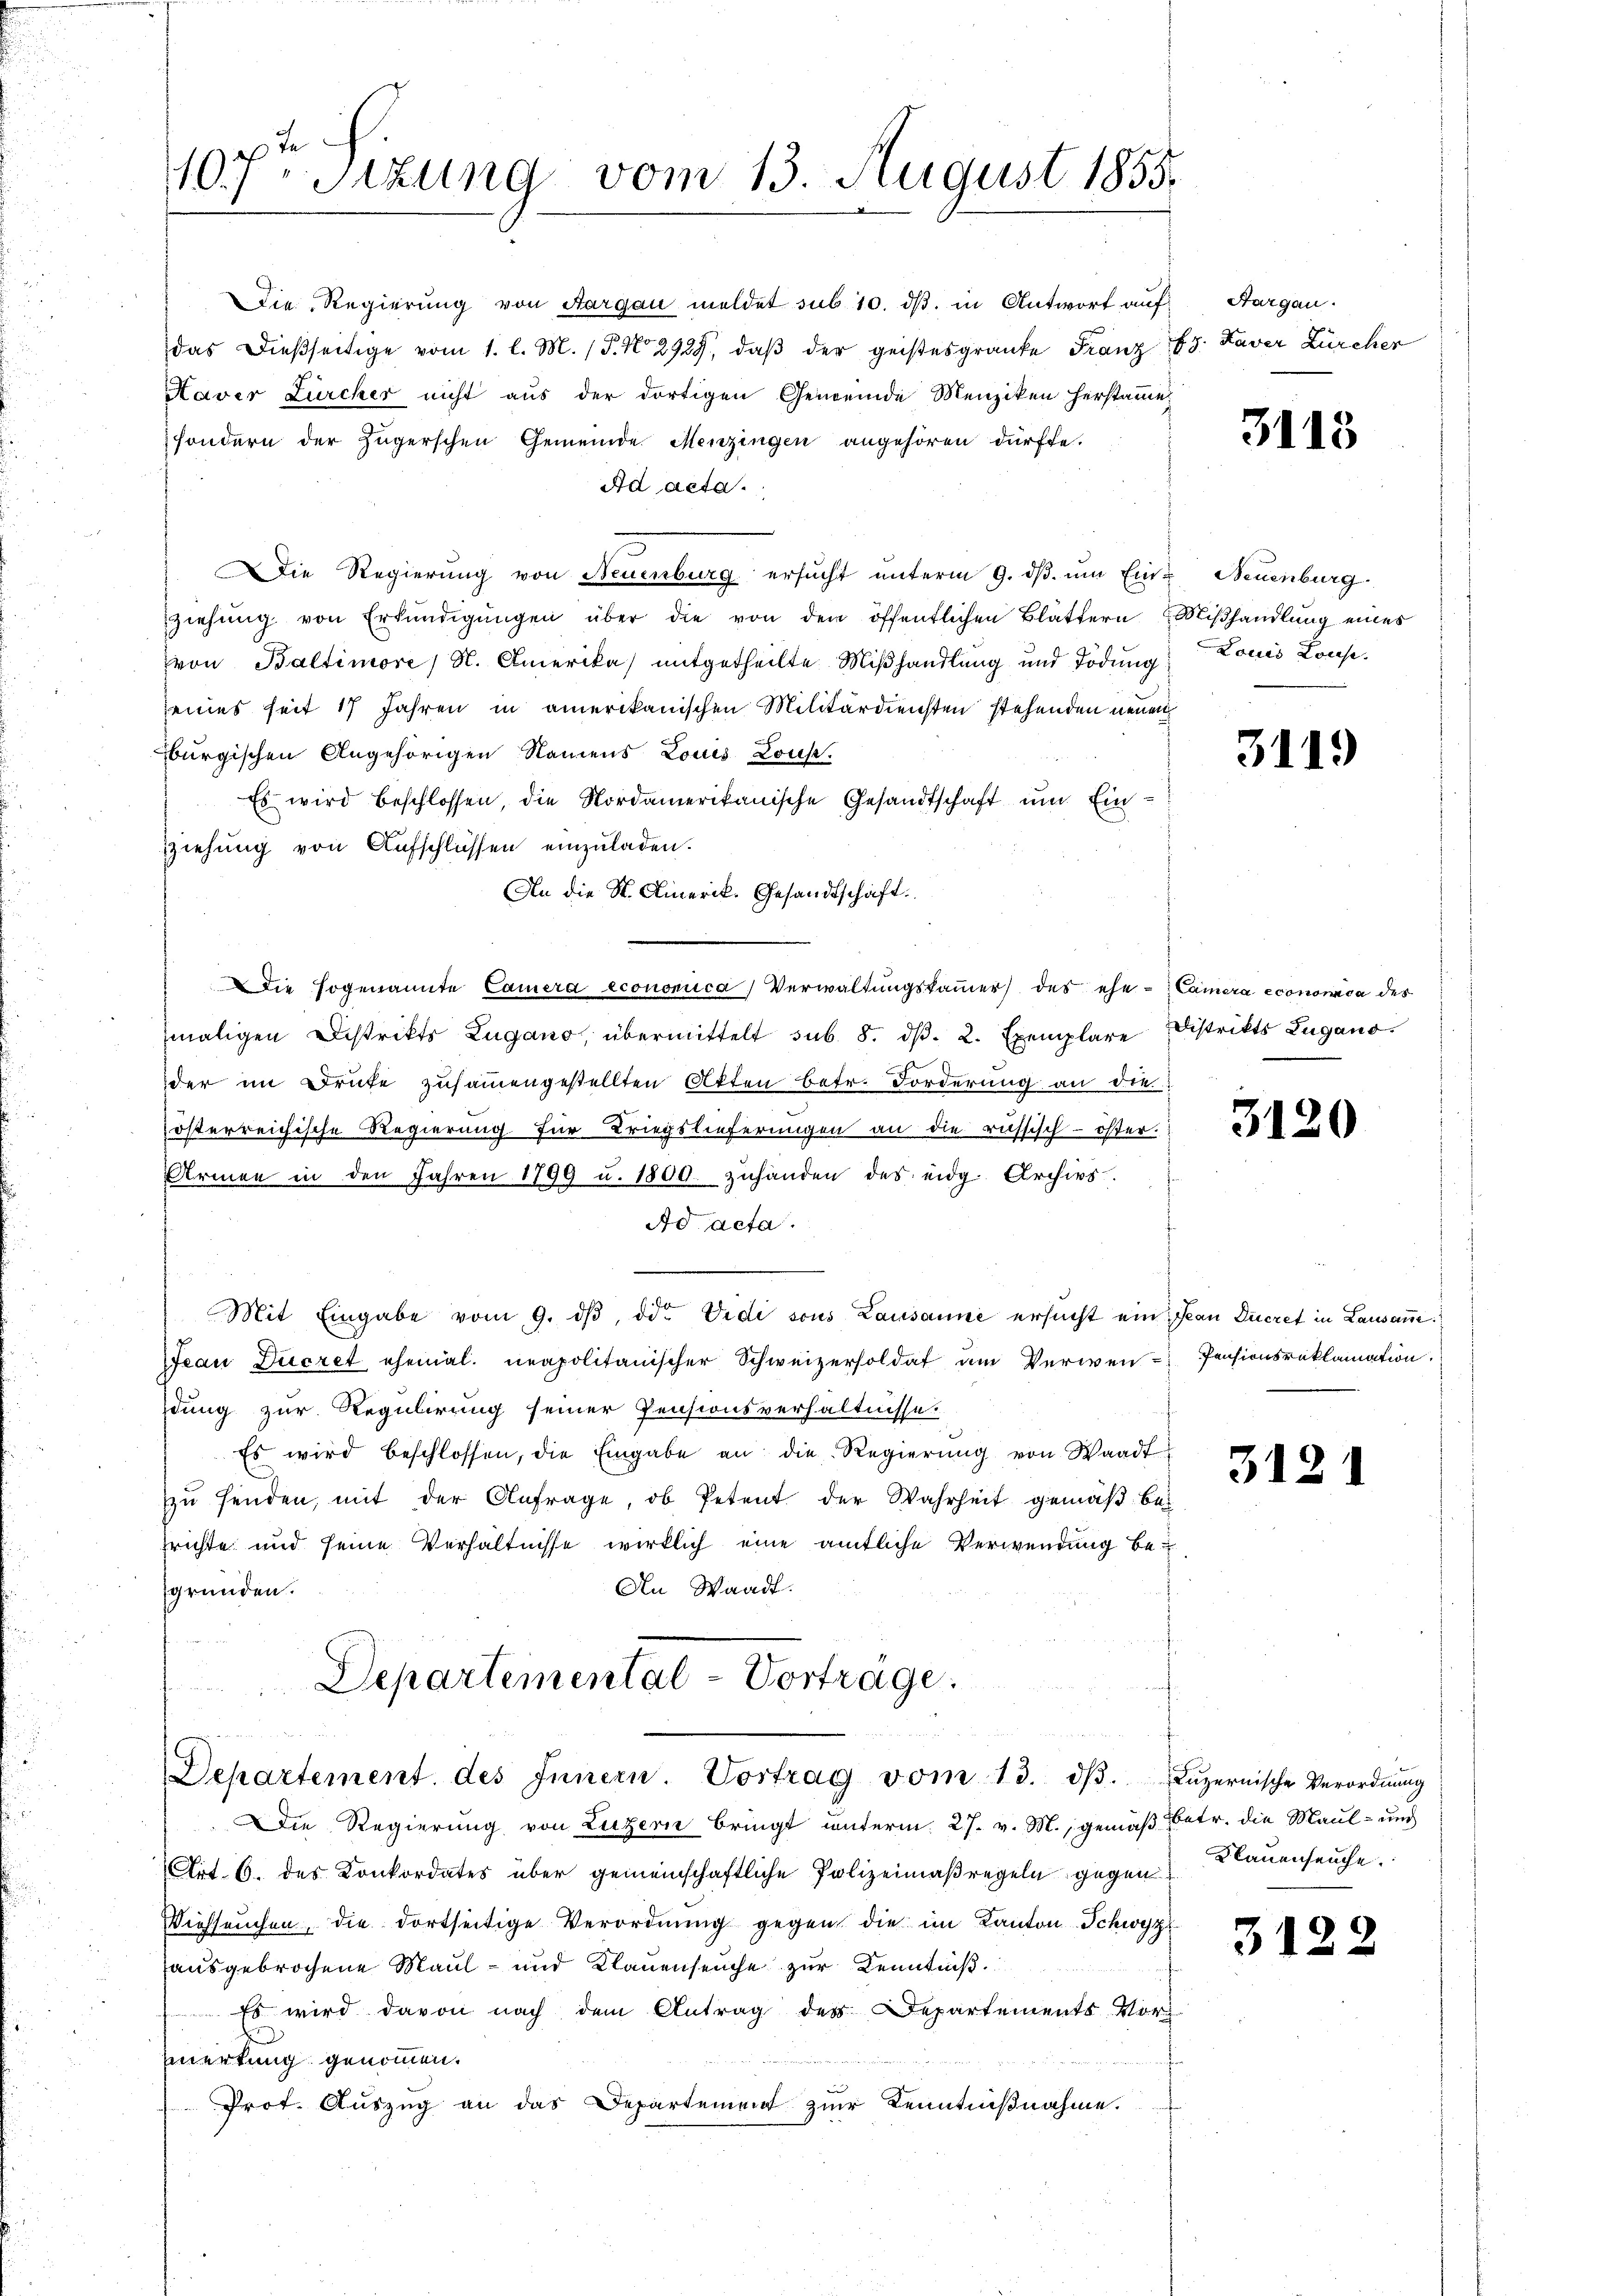
de
107. Sizung vom 13. August 1855.

Departemental - Vorträge.
Departement des Innern. Vortrag vom 13. dβ. Lŭzernische Verordnŭng

Die Regierung von Aargau meldet sub 10. ds. in Antwort auf
das dießseitige vom 1. l. M. (T. No 2929, daß der geistesgrante Franz 28. Kaver Zürcher
Haver Zürcher nicht aus der dortigen Gemeinde Menziken herstamme
sondern der Zügerschen Gemeinde Menzingen angehören dürfte.
Ad acta.
Die Regierung von Neuenburg ersucht unterm 9. dβ. ŭm Ein Neuenburg
ziehung von Erkundigungen über die von den öffentlichen Blättern Mißhandlung eines
von Baltimore / N. Amerika mitgetheilte Mißhandlung und Todung
eines seit 17 Jahren in amerikanischen Militärdiensten stehenden neuen
burgischen Angehörigen Namens Louis Konse.
Es wird beschlossen, die Nordamerikanische Gesandtschaft und Ein¬
Ziehung von Aufschlüssen einzuladen.
An die St. Amerik. Gesandtschaft.
Die sogenannte Camera economica) Verwaltungskammer des ehe- Camera economica des
maligen Distrikts Zugano, übermittelt sub. 8. dβ. 2. Exemplare Distrikts Lugano.
der im Drufe zusammengestellten Akten befr. Forderung an die
österreichische Regierung für Kriegslieferungen an die russisch-öster.
Armen in den Jahren 1799 u. 1800. zŭhanden des eidg. Archivs
Ad acta.
Mit Eingabe vom 9. dβ, ddo. Vidi sous Lausanne ersucht ein Jean Decret in Lausan
ean Decret ehemal. neapolitanischer Schweizersoldat am Verwen-Pensionsreklamation
dung zur Regulirung seiner Pensionsverhältnisse.
Es wird beschlossen, die Eingabe an die Regierŭng von Waadt
zŭ senden, mit der Anfrage, ob Petent der Wahrheit gemäß bei
frichte und seine Verhältnisse wirklich eine amtliche Verwendung be¬
An Waadt.
gründen.

Die Regierung von Luzern bringt unterm 27. v. M., gemäß betr. die Maul- und
Art. 6. des Konkordates über gemeinschaftliche Polizeimaßregeln gegen
Viehseuchen, die dortseitige Verordnŭng gegen die im Kanton Schwyz
ausgebrochene Maul- und Klauenseuche zur Kenntniß
Es wird davon nach dem Antrag des Departements Vor-
Einertung genommen.
Prot. Auszug an das Departement zur Kenntnißnahme.

Aargau.

3115

Louis Louise.

3119

3120

312

Klauenseuche.

3122